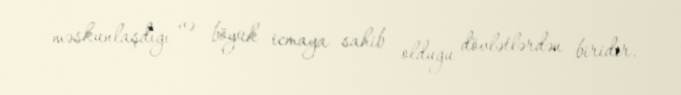
məskunlaşdığı və böyük icmaya sahib olduğu dövlətlərdən biridir.